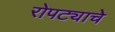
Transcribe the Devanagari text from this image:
रोपट्याचे